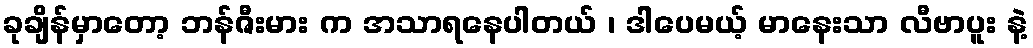
ခုချိန်မှာတော့ ဘန်ဇီးမား က အသာရနေပါတယ် ၊ ဒါပေမယ့် မာနေးသာ လီဗာပူး နဲ့